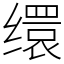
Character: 缳